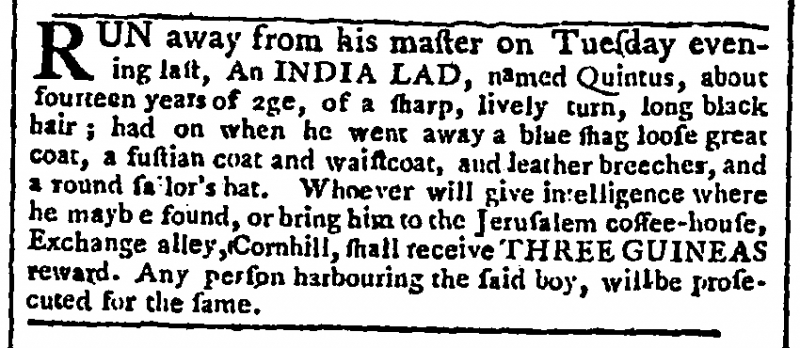
Gazetteer and New Daily Advertiser, 3 January 1769 (England)
RUN away from his master on Tuesday evening last, An INDIA LAD, named Quintus, about fourteen years of age, of a sharp, lively turn, long black hair; had on when he went away a blue shag loose great coat, a fustian coat and waistcoat, and leather breeches, and a round sailor’s hat. Whoever will give intelligence where he may be found, or bring him to the Jerusalem coffee-house, Exchange alley, Cornhill, shall receive THREE GUINEAS reward. Any person harbouring the said boy, will be prosecuted for the same.